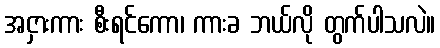
အငှားကား စီးရင်ကော၊ ကားခ ဘယ်လို တွက်ပါသလဲ။